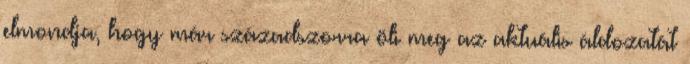
elmondja, hogy már századszorra öli meg az aktuális áldozatát